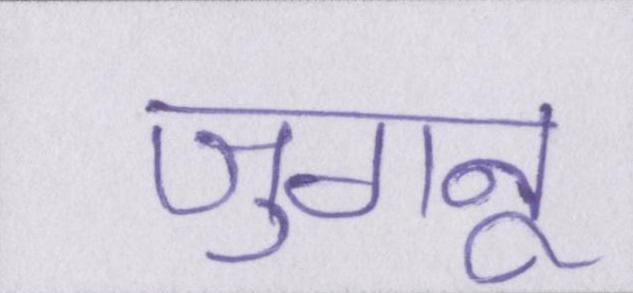
जुगनू